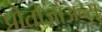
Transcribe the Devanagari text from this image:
प्रोतोज़ोअन्स्